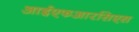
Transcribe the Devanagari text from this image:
आईएफआरसिएस